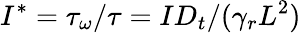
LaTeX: I^{*}=\tau_{\omega}/\tau=ID_{t}/(\gamma_{r}L^{2})